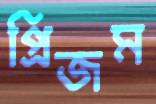
প্রিজম